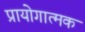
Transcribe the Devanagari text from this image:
प्रायोगात्मक